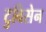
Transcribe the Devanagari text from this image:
टुबिसेन